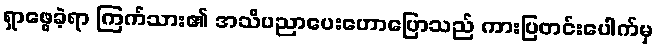
ရှာဖွေခဲ့ရာ ကြက်သား၏ အသိပညာပေးဟောပြောသည် ကားပြတင်းပေါက်မှ